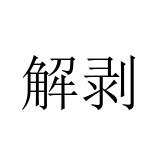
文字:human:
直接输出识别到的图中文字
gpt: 解剥